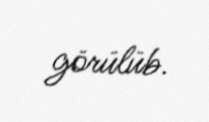
görülüb.